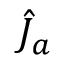
{ \hat { J } } _ { a }